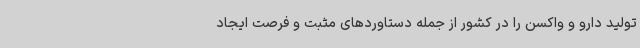
تولید دارو و واکسن را در کشور از جمله دستاوردهای مثبت و فرصت ایجاد